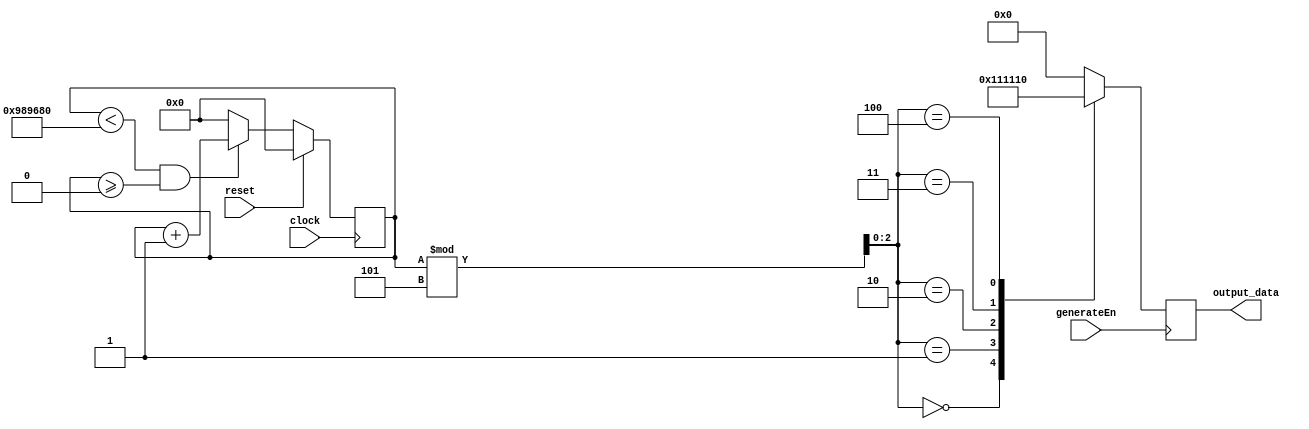
module pseudo_rng(clock, reset, generateEn, output_data);
	// pseudo rng relying on fast clocks
	input clock, reset, generateEn;
	output reg [4:0] output_data;
	
	reg [2:0] temp_data;
	parameter uppermax = $clog2(10000000);
	reg [uppermax + 2:0] counter;
	
	always@(posedge clock) begin
		if (reset) begin
			counter <= 'b0;
			temp_data <= 'b0;
		end 
		else begin
			if (counter < 10000000 && counter >= 0)
				counter <= counter + 1;
			else
				counter <= 'b0;
		end
	end
	
	always@(posedge generateEn) begin
		temp_data = counter % 5; // 0-4
		
		case(temp_data) // one hot encoding
			3'b000: output_data <= 5'b00001;
			3'b001: output_data <= 5'b00010;
			3'b010: output_data <= 5'b00100;
			3'b011: output_data <= 5'b01000;
			3'b100: output_data <= 5'b10000;
			default: output_data <= 'b0;
		endcase
	end
endmodule